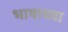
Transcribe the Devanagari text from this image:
भाषाच्या